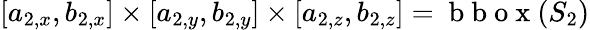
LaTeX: [a_{2,x},b_{2,x}]\times[a_{2,y},b_{2,y}]\times[a_{2,z},b_{2,z}]=\mathrm{~b~b~o~x~}(S_{2})